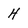
Character: H